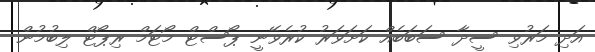
އަދި މަރުވި ސީދާ ސަބަބެއް ކަށަވަރު ކުރެވޭނީ ޕޯސްޓް މޯޓަމް ރިޕޯޓް ލިބުމުން